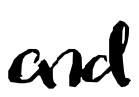
Text: and
Cross-out: clean
Writing tool: digital_black